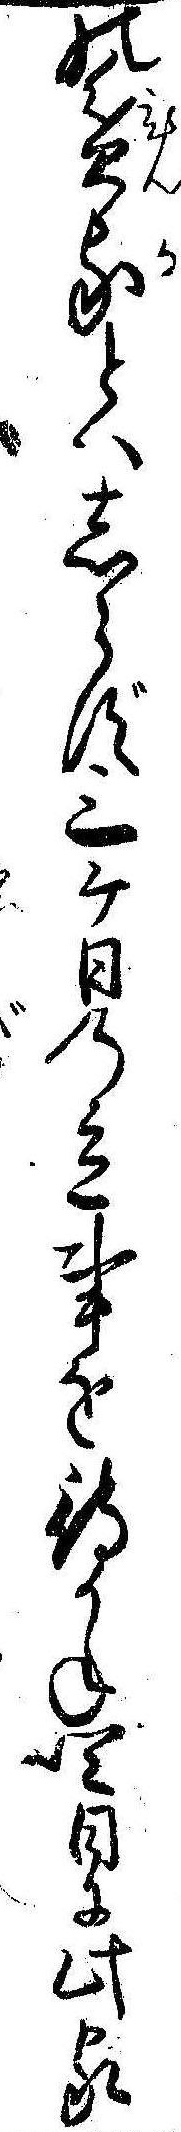
の貧家とはしらず三ケ日の立事を待かね四日に此家